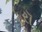
રૉ